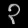
Digit: ၃